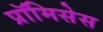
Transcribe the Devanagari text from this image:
प्रॉमिसेस